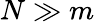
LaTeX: N\gg m